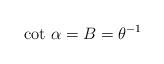
LaTeX: \begin{align*}\mbox{cot}~\alpha = B = \theta^{-1}\end{align*}